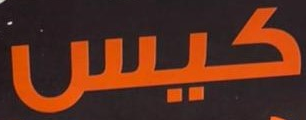
كيس